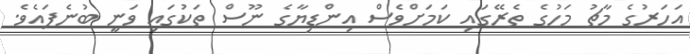
އަހަރުގެ މާޗު މަހުގެ ތެރޭގައި ކަމަށްވެސް އިންޑިޔާގެ ނޫސް ތަކުގައި ވަނީ ބުނެފައެވެ.